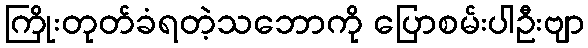
ကြိုးတုတ်ခံရတဲ့သဘောကို ပြောစမ်းပါဦးဗျာ